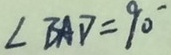
\angle B A D = 9 0 ^ { \circ }